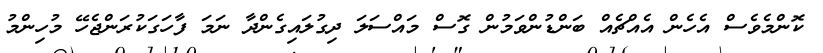
ކޮންމެވެސް އެހެން އެއްޗެއް ބަންޑުންވަމުން ގޮސް މައްސަލަ ދިގުލައިގެންދާ ނަމަ ފާހަގަކުރަންޖެހޭ މުހިންމު